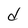
Character: d